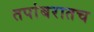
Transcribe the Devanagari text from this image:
तपांबरातच